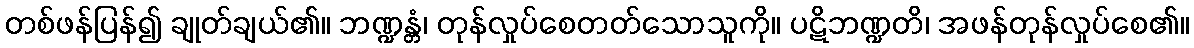
တစ်ဖန်ပြန်၍ ချုတ်ချယ်၏။ ဘဏ္ဍန္တံ၊ တုန်လှုပ်စေတတ်သောသူကို။ ပဋိဘဏ္ဍတိ၊ အဖန်တုန်လှုပ်စေ၏။